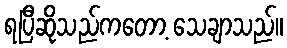
ရပြီဆိုသည်ကတော့ သေချာသည်။